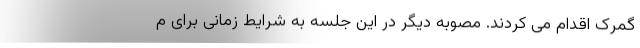
گمرک اقدام می کردند. مصوبه دیگر در این جلسه به شرایط زمانی برای م